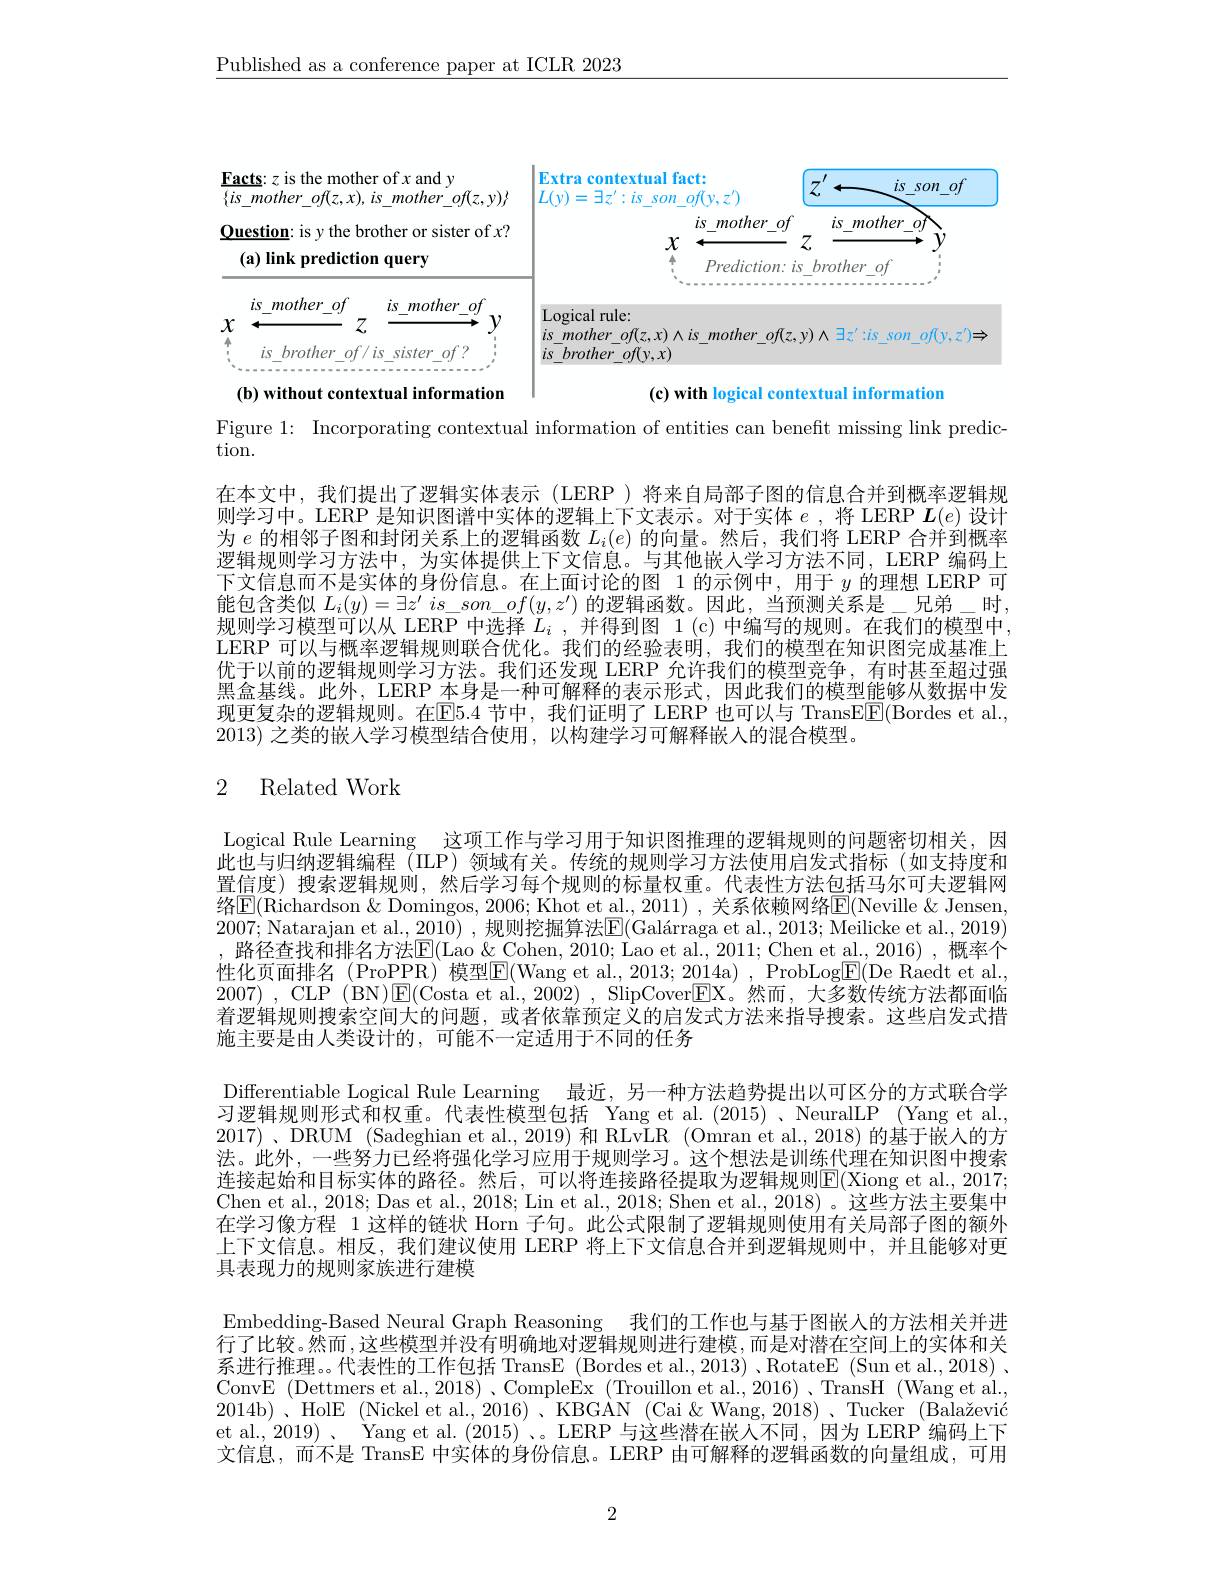
$\underline{\text{Published as a conference paper at ICLR 2023}}$

<FigureHere>

Figure 1: Incorporating contextual information of entities can benefit missing link predic-

tion.

在本文中，我们提出了逻辑实体表示(LERP)将来自局部子图的信息合并到概率逻辑规则学习中。LERP 是知识图谱中实体的逻辑上下文表示。对于实体$e$ ,将 LERP $\boldsymbol{L}(e)$设计为$e$的相邻子图和封闭关系上的逻辑函数$L_i(e)$的向量。然后，我们将 LERP 合并到概率逻辑规则学习方法中，为实体提供上下文信息。与其他嵌人学习方法不同，LERP 编码上下文信息而不是实体的身份信息。在上面讨论的图 1 的示例中，用于$y$的理想 LERP 可能包含类似$L_i( y) = \exists z^{\prime }$ $is\_ son\_ of( y, z^{\prime })$的逻辑函数。因此，当预测关系是\_兄弟\_时规则学习模型可以从 LERP 中洗择$L_i$ ,并得到图 1(c)中编写的规则。在我们的模型中LERP 可以与概率逻辑规则联合优化。我们的经验表明，我们的模型在知识图完成基准上优于以前的逻辑规则学习方法。我们还发现 LERP 允许我们的模型竞争，有时甚至超过强黑盒基线。此外，LERP 本身是一种可解释的表示形式，因此我们的模型能够从数据中发现更复杂的逻辑规则。在E5.4 节中，我们证明了 LERP 也可以与 TransE$\underline{\mathrm{E}}($Bordes et al., 2013) 之类的嵌人学习模型结合使用，以构建学习可解释嵌入的混合模型。

# 2 Related Work

Logical Rule Learning 这项工作与学习用于知识图推理的逻辑规则的问题密切相关，因此也与归纳逻辑编程 (ILP)领域有关。传统的规则学习方法使用启发式指标(如支持度和置信度) 搜索逻辑规则，然后学习每个规则的标量权重。代表性方法包括马尔可夫逻辑网络$\boxed{\mathrm{E}}($Richardson & Domingos, 2006; Khot et al., 2011) , 关系依赖网络$\boxed{\mathrm{E}}($Neville &Jensen, 2007; Natarajan et al., 2010),规则挖掘算法$\overline {\mathrm{E} }( \text{Gal\' {a}rragaetal. , 2013; Meilickeetal. , 2019) }$ , 路径查找和排名方法$\boxed{\mathrm{E}}($Lao & Cohen, 2010; Lao et al., 2011; Chen et al., 2016), 概率个性化页面排名 (ProPPR) 模型E(Wang et al., 2013; 2014a) , ProbLogE(De Raedt et al. 2007) , CLP ( BN) $\boxed{\mathrm{E} }($Costa et al., 2002) , SlipCover$\boxed{\mathrm{F}}$X。然而，大多数传统方法都面临着逻辑规则搜索空间大的问题，或者依靠预定义的启发式方法来指导搜索。这些启发式措施主要是由人类设计的，可能不一定适用于不同的任务
Differentiable Logical Rule Learning 最近，另一种方法趋势提出以可区分的方式联合学习逻辑规则形式和权重。代表性模型包括 Yang et al.(2015)、NeuralLP (Yang et al. 2017)、DRUM (Sadeghian et al., 2019) 和 RLvLR (Omran et al., 2018) 的基于嵌人的方法。此外，一些努力已经将强化学习应用于规则学习。这个想法是训练代理在知识图中搜索连接起始和目标实体的路径。然后，可以将连接路径提取为逻辑规则E(Xiong et al., 2017; Chen et al., 2018; Das et al., 2018; Lin et al., 2018; Shen et al., 2018) 。这些方法主要集中在学习像方程 1 这样的链状 Horn 子句。此公式限制了逻辑规则使用有关局部子图的额外上下文信息。相反，我们建议使用 LERP 将上下文信息合并到逻辑规则中，并且能够对更具表现力的规则家族进行建模
Embedding-Based Neural Graph Reasoning 我们的工作也与基于图嵌人的方法相关并进行了比较。然而，这些模型并没有明确地对逻辑规则进行建模，而是对潜在空间上的实体和关系进行推理。。代表性的工作包括 TransE (Bordes et al.,2013) 、RotateE (Sun et al.,2018) . ConvE (Dettmers et al., 2018)、Comple$\overset{\prime}$Ex (Trouillon et al., 2016)、TransH (Wang et al. 2014b)、HolE (Nickel et al., 2016)、KBGAN (Cai&Wang, 2018)、Tucker (Balažević et al., 2019)、 Yang et al. (2015)、。LERP 与这些潜在嵌入不同，因为 LERP 编码上下文信息，而不是 TransE 中实体的身份信息。LERP 由可解释的逻辑函数的向量组成，可用

2